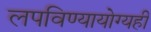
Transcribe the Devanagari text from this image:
लपविण्यायोग्यही